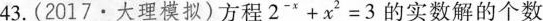
43.(2017·大理模拟)方程$$2^{-x}+x^{2}=3$$的实数解的个数